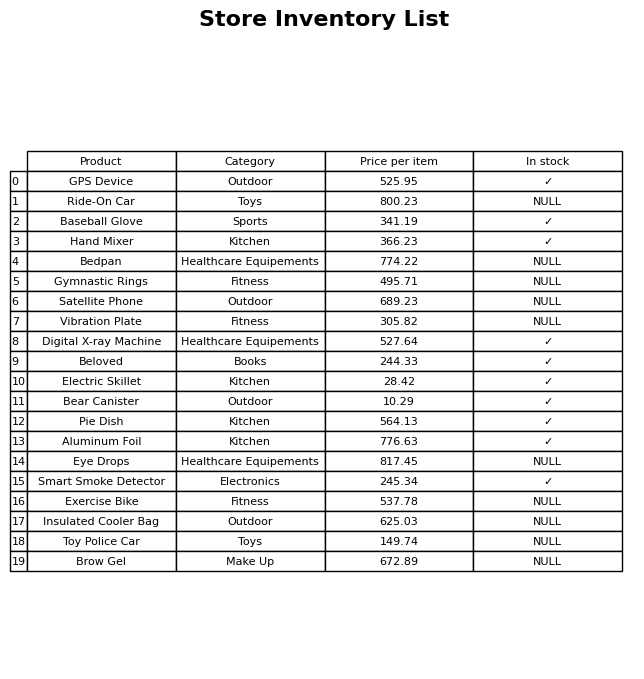
question: What is the price for Exercise Bike?
answer: The price of Exercise Bike is 537.78.